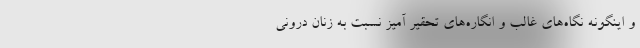
و اینگونه نگاه‌های غالب و انگاره‌های تحقیر آمیز نسبت به زنان درونی